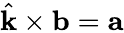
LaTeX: \hat{\mathbf{k}}\times\mathbf{b}=\mathbf{a}